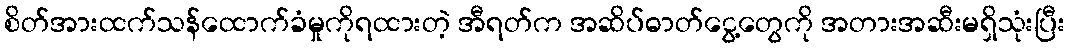
စိတ်အားထက်သန်ထောက်ခံမှုကိုရထားတဲ့ အီရတ်က အဆိပ်ဓာတ်ငွေ့တွေကို အတားအဆီးမရှိသုံးပြီး